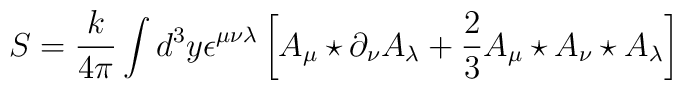
S=\frac{k}{4\pi} \int d^3y  \epsilon^{\mu \nu \lambda}\left[A_{\mu} \star \partial_{\nu} A_{\lambda}+\frac{2}{3} A_{\mu} \star   A_{\nu} \star   A_{\lambda}\right]